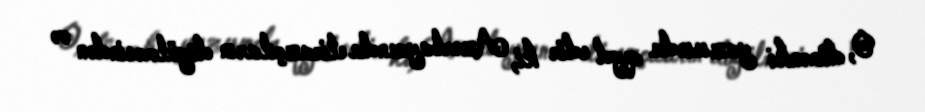
O, dünənki yazısında qeyd edir ki, Azərbaycanda etirazçıların döyülməsindən və